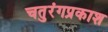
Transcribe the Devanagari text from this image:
चतुरंगप्रकाश